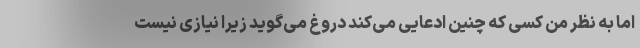
اما به نظر من کسی که چنین ادعایی می‌کند دروغ می‌گوید زیرا نیازی نیست